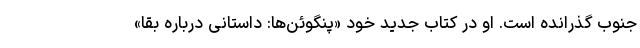
جنوب گذرانده است. او در کتاب جدید خود «پنگوئن‌ها: داستانی درباره بقا»